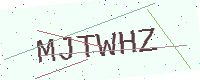
Text: MJTWHZ